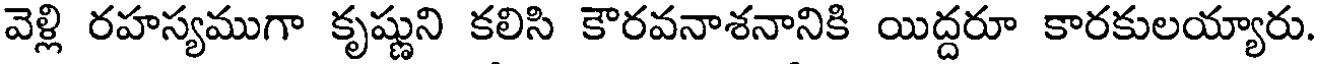
వెళ్లి రహస్యముగా కృష్ణుని కలిసి కౌరవనాశనానికి యిద్దరూ కారకులయ్యారు.